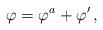
LaTeX: \begin{align*}\varphi=\varphi^a+\varphi^\prime\,,\end{align*}